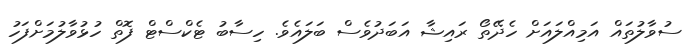
ސުވާލުތައް އަމިއްލައަށް ހެދޭތޯ ރައިޝާ އަބަދުވެސް ބަލައެވެ. ހިސާބު ޓެކްސްޓް ފޮތް ހުޅުވާލުމަށްފަހު